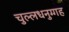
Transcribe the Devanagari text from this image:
चुल्लधनुग्गह